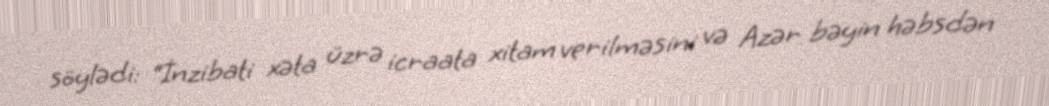
söylədi: “İnzibati xəta üzrə icraata xitam verilməsini və Azər bəyin həbsdən